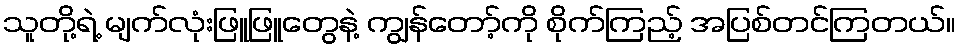
သူတို့ရဲ့ မျက်လုံးဖြူဖြူတွေနဲ့ ကျွန်တော့်ကို စိုက်ကြည့် အပြစ်တင်ကြတယ်။